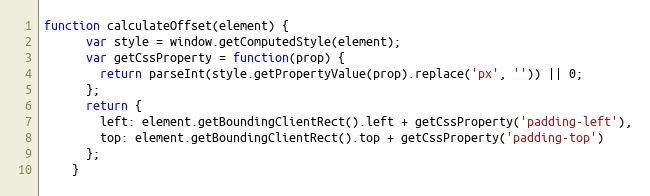
Language: JavaScript
function calculateOffset(element) {
      var style = window.getComputedStyle(element);
      var getCssProperty = function(prop) {
        return parseInt(style.getPropertyValue(prop).replace('px', '')) || 0;
      };
      return {
        left: element.getBoundingClientRect().left + getCssProperty('padding-left'),
        top: element.getBoundingClientRect().top + getCssProperty('padding-top')
      };
    }